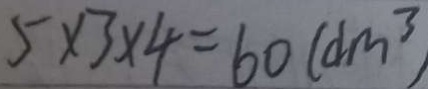
5 \times 3 \times 4 = 6 0 ( d m ^ { 3 } )